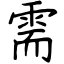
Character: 需